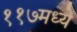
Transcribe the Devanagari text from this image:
११७मध्ये